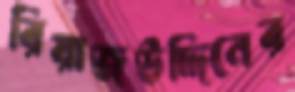
রিয়াজউদ্দিনের